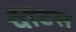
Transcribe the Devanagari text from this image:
पैंटिस